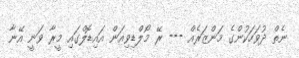
ނެތް ދުވަހަކުންގެ މަންޒަރެއް --- ރޭ މޯލްޑިވިއަން އައިޑޮލްގައި މީރާ ވަނީ އޭނާ